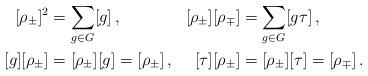
LaTeX: \begin{align*} \begin{aligned} [\rho_\pm]^2&=\sum_{g\in G}[g]\,,& [\rho_\pm][\rho_\mp]&=\sum_{g\in G}[g\tau]\,,\\ [g][\rho_\pm]&=[\rho_\pm][g] =[\rho_\pm]\,,& [\tau][\rho_\pm]&=[\rho_\pm][\tau]=[\rho_\mp]\,. \end{aligned}\end{align*}